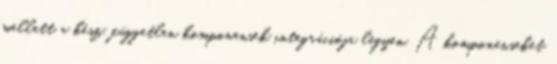
mellett a kész, független komponensek in­teg­rá­ciój­a legyen. A kom­po­nen­se­ket